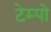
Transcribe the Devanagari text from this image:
टेम्‍पो